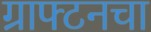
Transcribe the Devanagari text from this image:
ग्राफ्टनचा